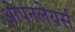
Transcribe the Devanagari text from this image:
ओपनलेयर्स